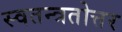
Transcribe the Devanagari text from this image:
स्वतन्त्रतोत्तर